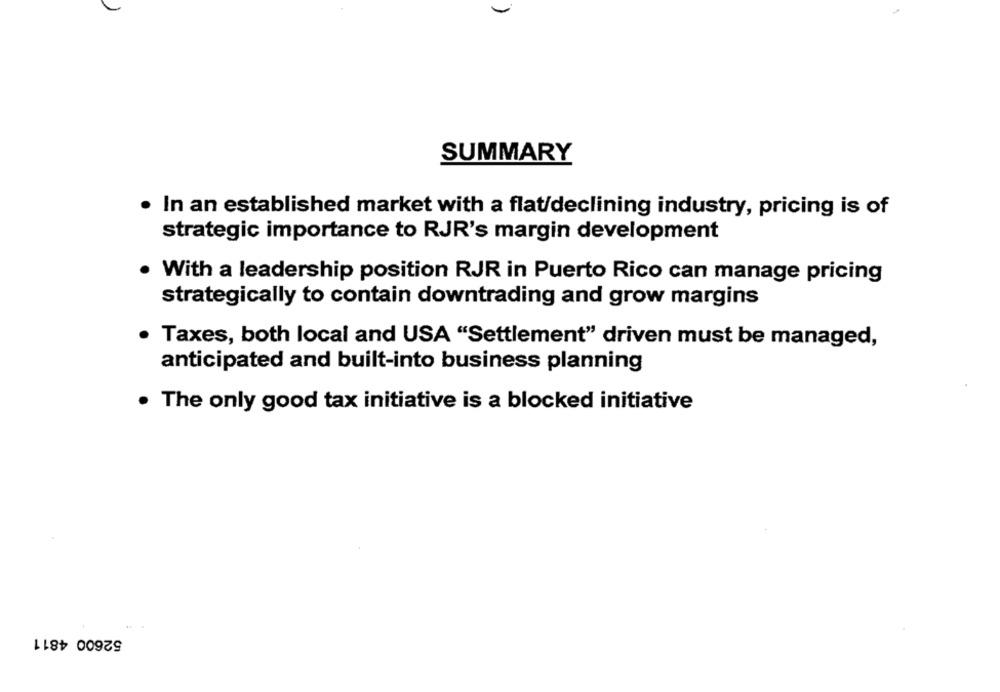
SUMMARY
· In an established market with a flat/declining industry, pricing is of
strategic importance to RJR's margin development
· With a leadership position RJR in Puerto Rico can manage pricing
strategically to contain downtrading and grow margins
Taxes, both local and USA "Settlement" driven must be managed,
anticipated and built-into business planning
. The only good tax initiative is a blocked initiative
52600 4811